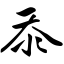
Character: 忝